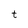
Character: t